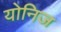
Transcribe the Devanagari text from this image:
योनिज